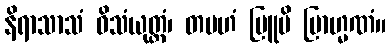
နိရာသာသံ ဝိသံယုတ္တံ၊ တမဟံ ဗြူမိ ဗြာဟ္မဏံ။